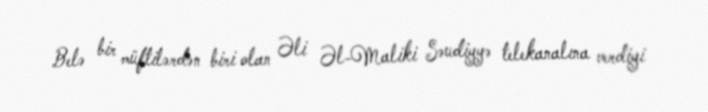
Belə bir müftilərdən biri olan Əli Əl-Maliki Səudiyyə telekanalına verdiyi